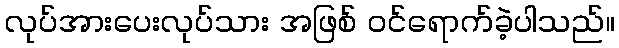
လုပ်အားပေးလုပ်သား အဖြစ် ဝင်ရောက်ခဲ့ပါသည်။